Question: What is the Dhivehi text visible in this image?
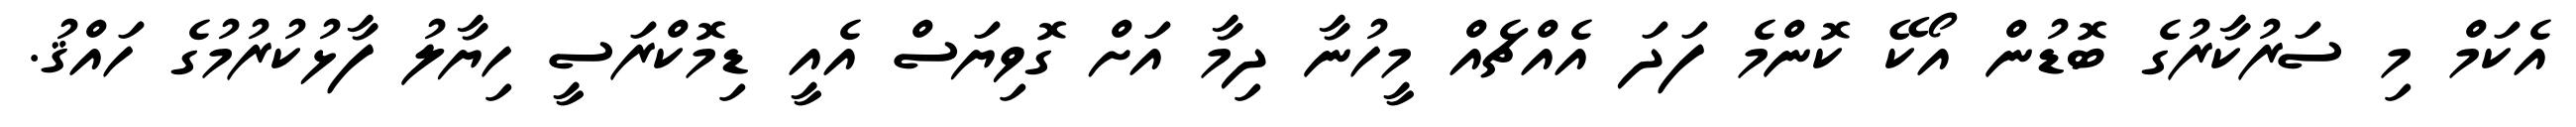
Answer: އެކަމް މި ސަރުކާރުގެ ބޮޑުން އޯކޭ ކޮންމެ ފަދަ އެއްޗެއް މީހުނާ ދިމާ އަށް ގޮވިޔަސް އެއީ ޑިމޮކްރަސީ ހިޔާލު ފާޅުކުރުމުގެ ހައްޤު.